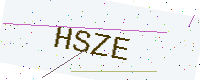
Text: HSZE